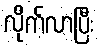
လိုက်လာပြီး